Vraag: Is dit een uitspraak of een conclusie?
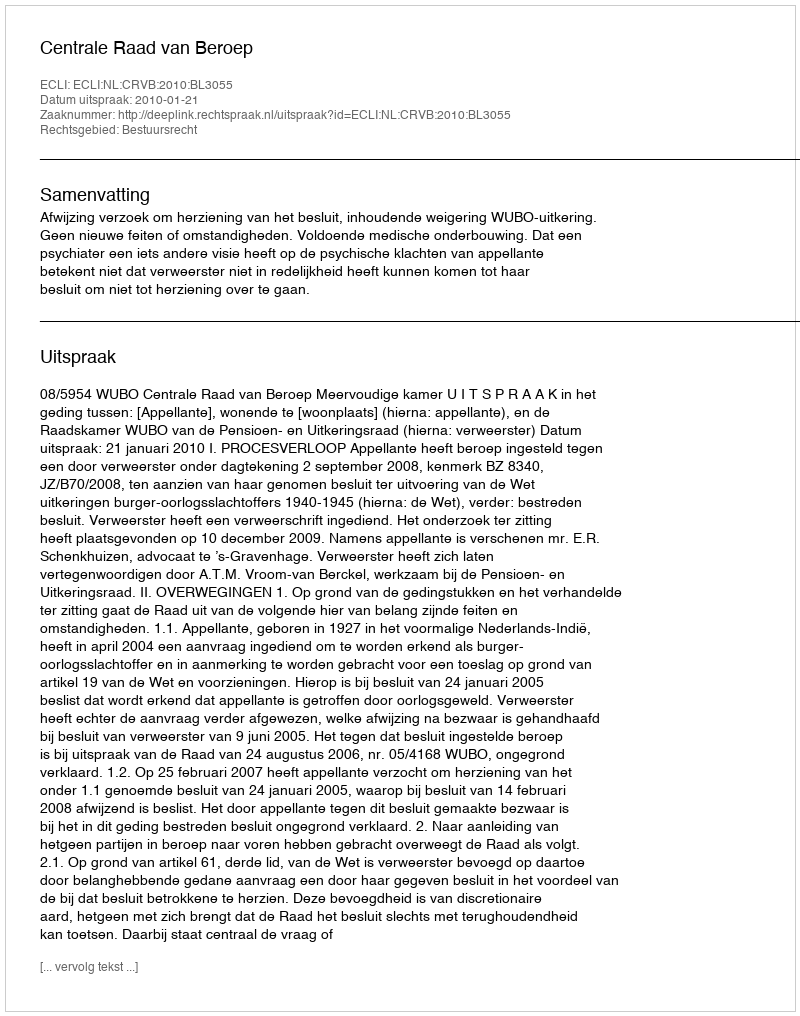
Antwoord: Uitspraak